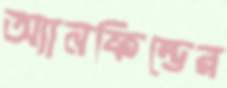
অ্যানফিল্ডের